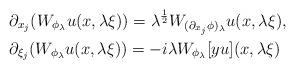
LaTeX: \begin{align*} &\partial_{x_j}(W_{\phi_\lambda}u(x,\lambda\xi)) =\lambda^{\frac{1}{2}}W_{(\partial_{x_j} \phi)_\lambda}u(x,\lambda\xi),\\ &\partial_{\xi_j}(W_{\phi_\lambda}u(x,\lambda\xi)) =-i\lambda W_{\phi_\lambda} [yu](x,\lambda\xi) \end{align*}